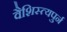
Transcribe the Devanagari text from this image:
वैशिस्त्यपुर्न